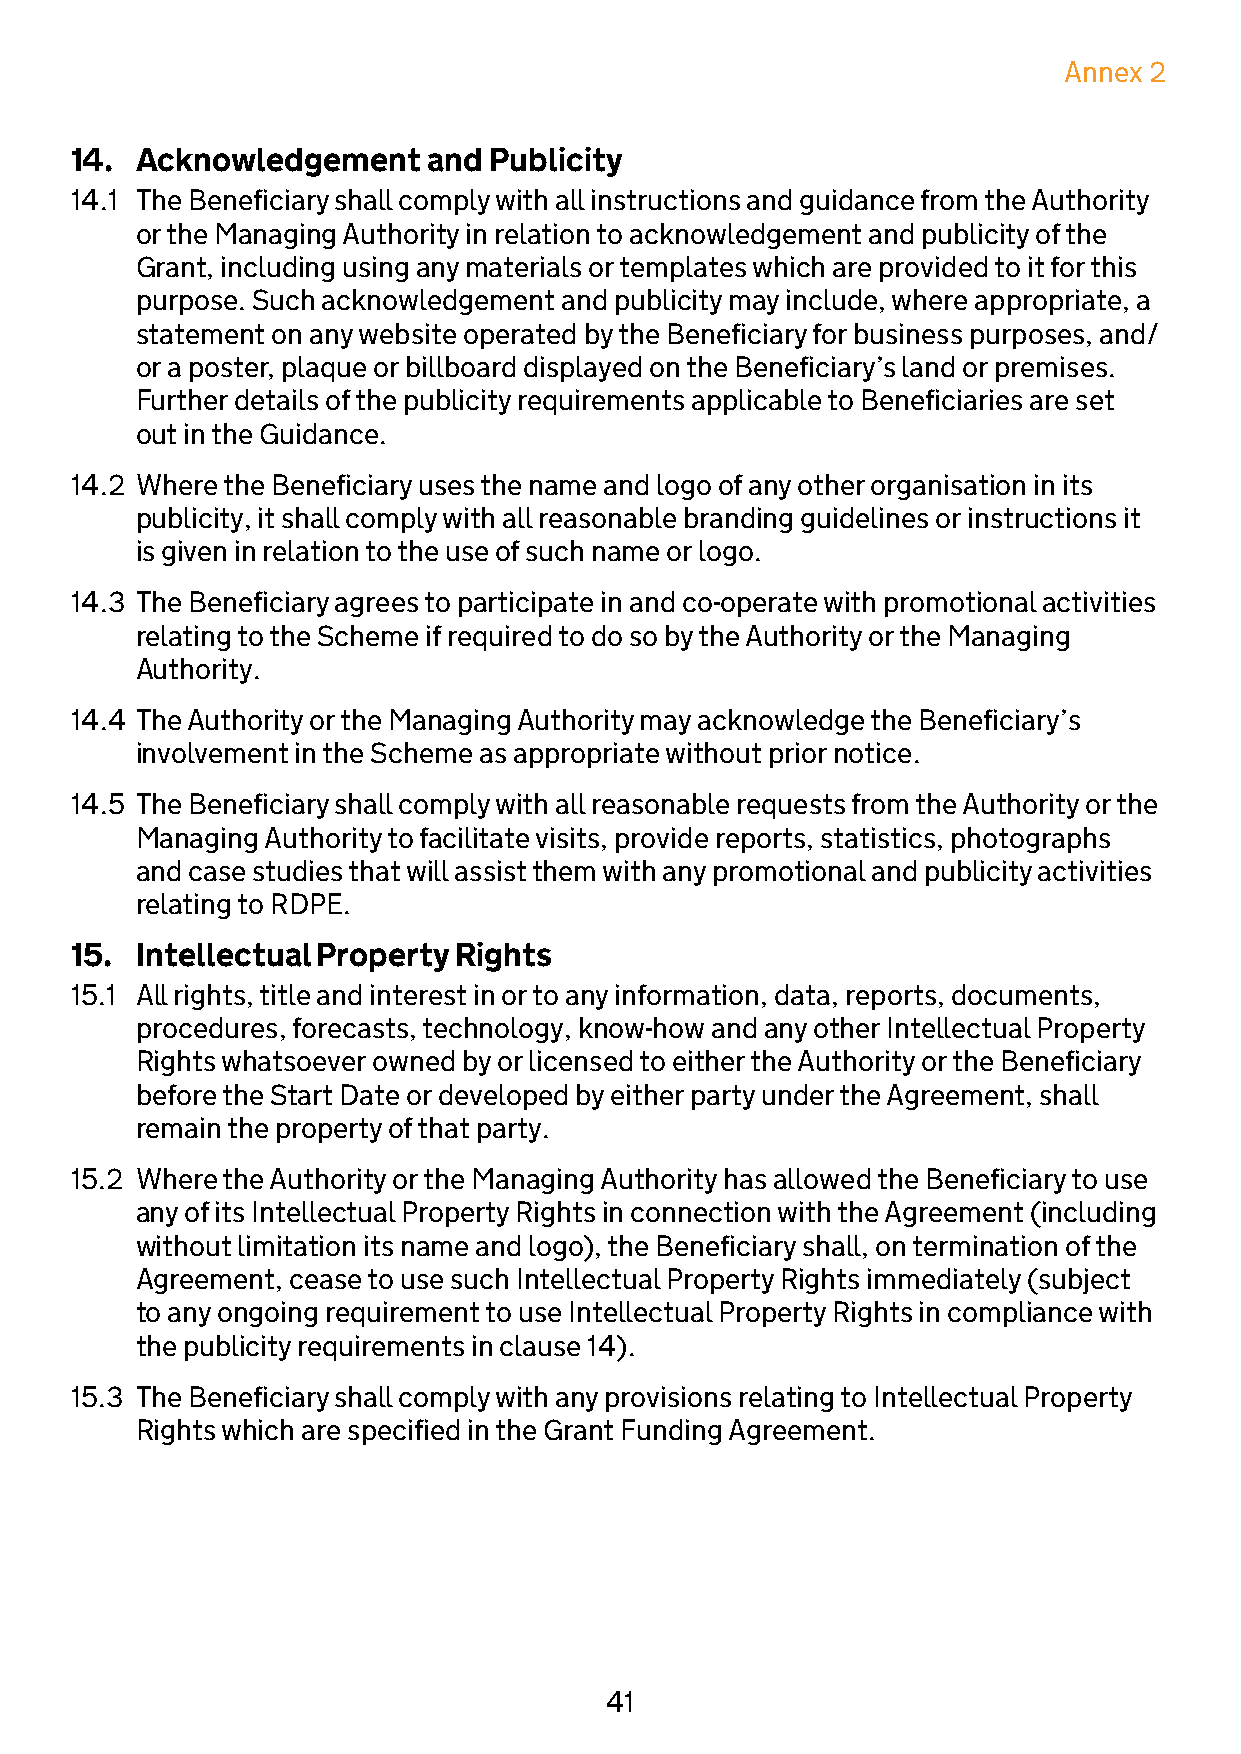
Annex 2
 14. Acknowledgement    and Publicity
 14.1 The Beneficiary shall comply with all instructions and guidance from the Authority
 or the Managing Authority in relation to acknowledgement and publicity of the
 Grant, including using any materials or templates which are provided to it for this
 purpose. Such acknowledgement and publicity may include, where appropriate, a
 statement on any website operated by the Beneficiary for business purposes, and/
 or a poster, plaque or billboard displayed on the Beneficiary’s land or premises.
 Further details of the publicity requirements applicable to Beneficiaries are set
 out in the Guidance.
 14.2 Where the Beneficiary uses the name and logo of any other organisation in its
 publicity, it shall comply with all reasonable branding guidelines or instructions it
 is given in relation to the use of such name or logo.
 14.3 The Beneficiary agrees to participate in and co-operate with promotional activities
 relating to the Scheme if required to do so by the Authority or the Managing
 Authority.
 14.4 The Authority or the Managing Authority may acknowledge the Beneficiary’s
 involvement in the Scheme as appropriate without prior notice.
 14.5 The Beneficiary shall comply with all reasonable requests from the Authority or the
 Managing Authority to facilitate visits, provide reports, statistics, photographs
 and case studies that will assist them with any promotional and publicity activities
 relating to RDPE.
 15. Intellectual Property Rights
 15.1 All rights, title and interest in or to any information, data, reports, documents,
 procedures, forecasts, technology, know-how and any other Intellectual Property
 Rights whatsoever owned by or licensed to either the Authority or the Beneficiary
 before the Start Date or developed by either party under the Agreement, shall
 remain the property of that party.
 15.2 Where the Authority or the Managing Authority has allowed the Beneficiary to use
 any of its Intellectual Property Rights in connection with the Agreement (including
 without limitation its name and logo), the Beneficiary shall, on termination of the
 Agreement, cease to use such Intellectual Property Rights immediately (subject
 to any ongoing requirement to use Intellectual Property Rights in compliance with
 the publicity requirements in clause 14).
 15.3 The Beneficiary shall comply with any provisions relating to Intellectual Property
 Rights which are specified in the Grant Funding Agreement.
 41